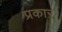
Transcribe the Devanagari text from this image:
प्रकाऱ